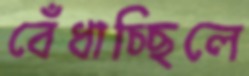
বেঁধাচ্ছিলে